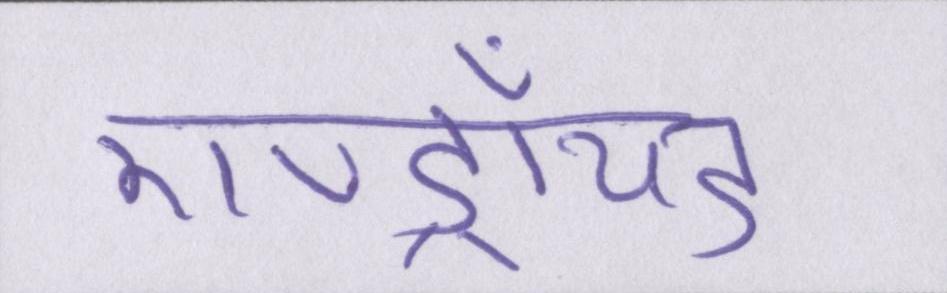
एण्ड्रॉयड